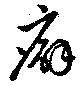
癖